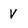
Character: V